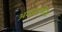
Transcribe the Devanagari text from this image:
अकदमिक